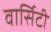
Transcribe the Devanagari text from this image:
वार्सिटी